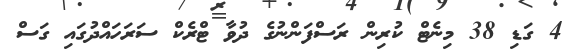
4 ގަޑި 38 މިނެޓް ކުރިން ރަސްފަންނުގެ ދުވާ ޓްރެކް ސަރަހައްދުގައި ގަސް